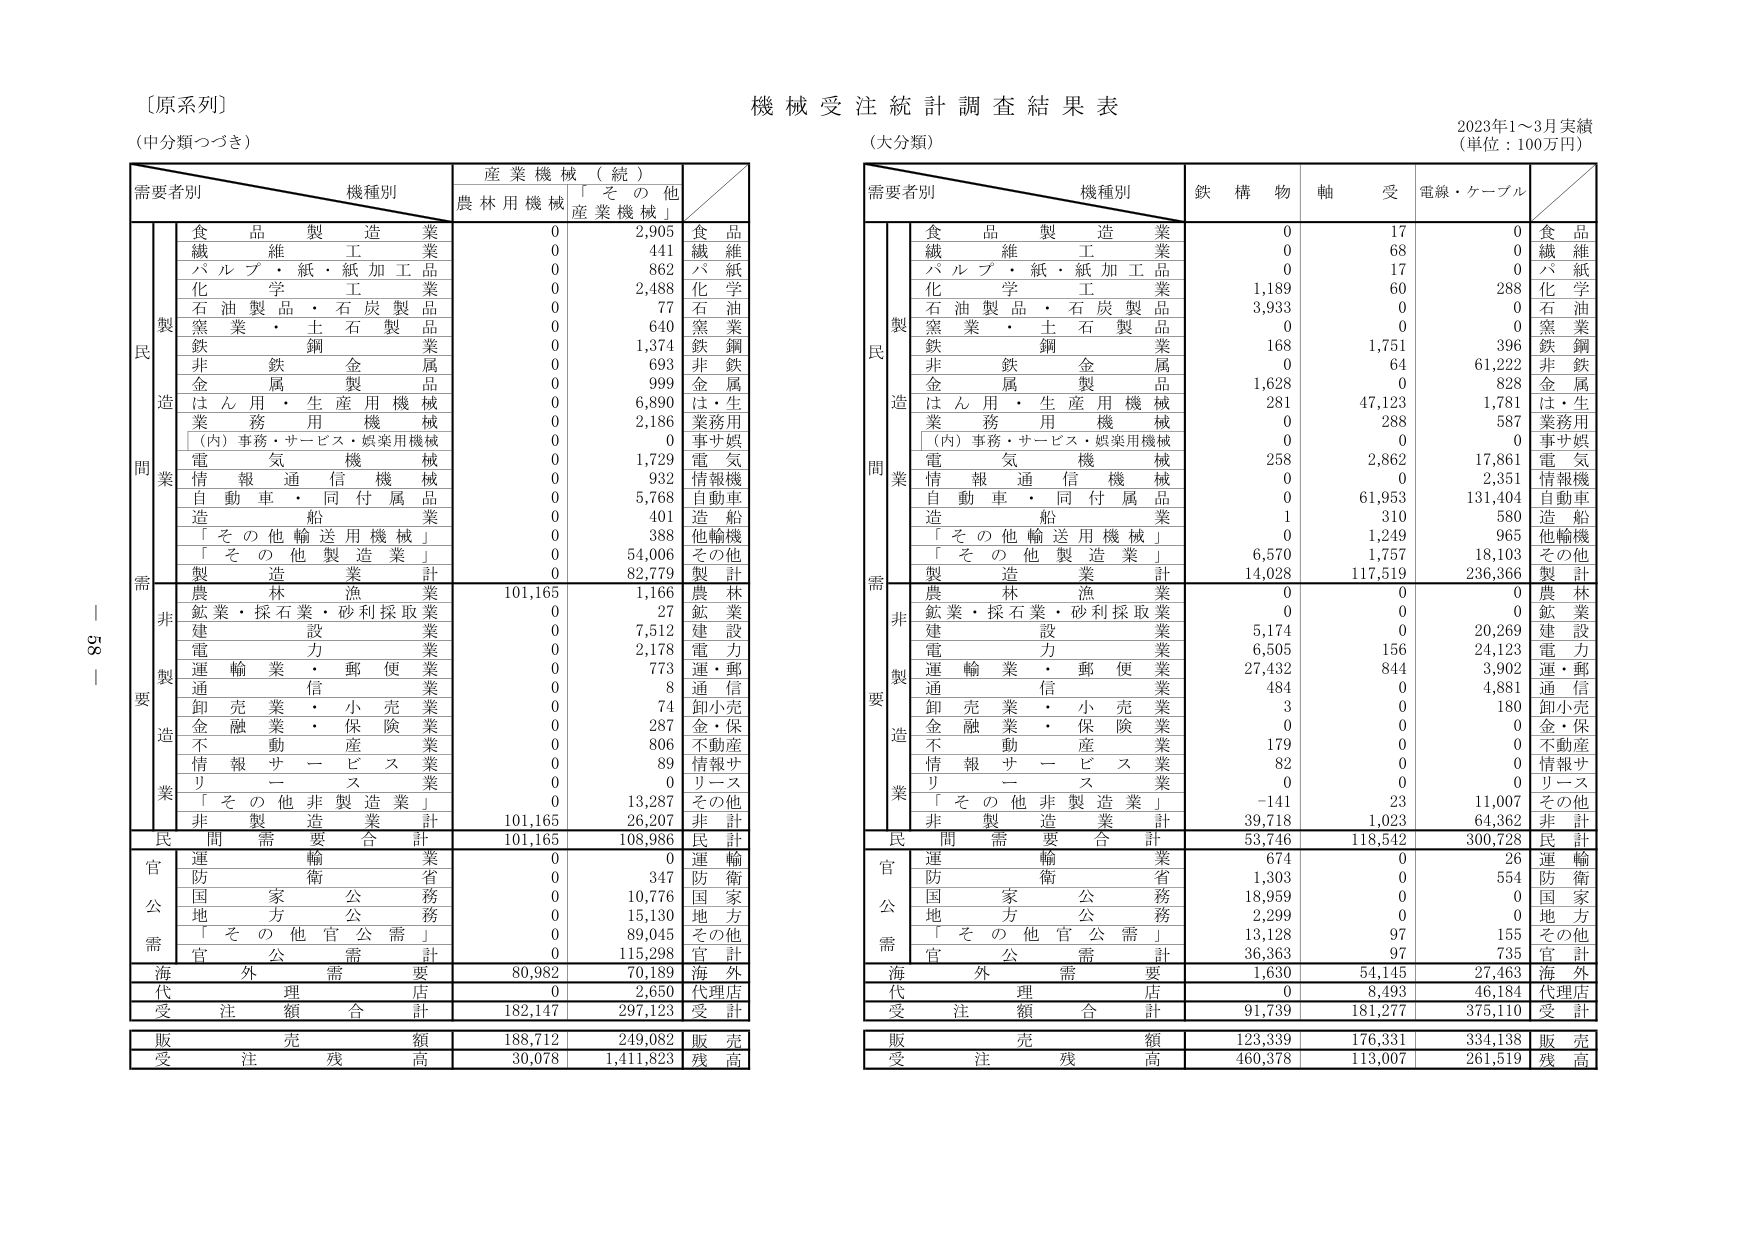
〔原系列〕
（中分類つづき）

機械受注統計調査結果表
（大分類）
2023年1～3月実績
（単位：100万円）

需要者別　機種別　産業機械（統）
　　　　　　　　　　　農林用機械　「その他産業機械」

　　　　　　　　　　　　需要者別　機種別　鉄構物　軸　受　電線・ケーブル

　　　　　　　　　　　　製造業
　　　　　　　　　　　　食品製造業　0　2,905　食品
　　　　　　　　　　　　繊維工業　0　441　繊維
　　　　　　　　　　　　パルプ・紙・紙加工品　0　862　パ紙
　　　　　　　　　　　　化学工業　0　2,488　化学
　　　　　　　　　　　　石油製品・石炭製品　0　77　石油
　　　　　　　　　　　　窯業・土石製品　0　640　窯業
　　　　　　　　　　　　鉄鋼　0　1,374　鉄鋼
　　　　　　　　　　　　非鉄金属　0　693　非鉄
　　　　　　　　　　　　金属製品　0　999　金属
　　　　　　　　　　　　はん用・生産用機械　0　6,890　は・生
　　　　　　　　　　　　業務用機械　0　2,186　業務用
　　　　　　　　　　　　（内）事務・サービス・娯楽用機械　0　0　事サ娯
　　　　　　　　　　　　電気機械　0　1,729　電気
　　　　　　　　　　　　情報通信機械　0　932　情報機
　　　　　　　　　　　　自動車・同付属品　0　5,768　自動車
　　　　　　　　　　　　造船　0　401　造船
　　　　　　　　　　　　「その他輸送用機械」　0　388　他輸機
　　　　　　　　　　　　「その他製造業」　0　54,006　その他
　　　　　　　　　　　　製造業計　0　82,779　製計

　　　　　　　　　　　　非製造業
　　　　　　　　　　　　農林漁業　101,165　1,166　農林
　　　　　　　　　　　　鉱業・採石業・砂利採取業　0　27　鉱業
　　　　　　　　　　　　建設業　0　7,512　建設
　　　　　　　　　　　　電力業　0　2,178　電力
　　　　　　　　　　　　運輸業・郵便業　0　773　運・郵
　　　　　　　　　　　　通信業　0　8　通信
　　　　　　　　　　　　卸売業・小売業　0　74　卸小売
　　　　　　　　　　　　金融業・保険業　0　287　金・保
　　　　　　　　　　　　不動産業　0　806　不動産
　　　　　　　　　　　　情報サービス業　0　89　情報サ
　　　　　　　　　　　　リース業　0　0　リース
　　　　　　　　　　　　「その他非製造業」　0　13,287　その他
　　　　　　　　　　　　非製造業計　101,165　26,207　非計

　　　　　　　　　　　　民間需要合計　101,165　108,986　民計

　　　　　　　　　　　　官公需
　　　　　　　　　　　　運輸業　0　0　運輸
　　　　　　　　　　　　防衛省　0　347　防衛
　　　　　　　　　　　　国家公務　0　10,776　国家
　　　　　　　　　　　　地方公務　0　15,130　地方
　　　　　　　　　　　　「その他官公需」　0　89,045　その他
　　　　　　　　　　　　官公需計　0　115,298　官計

　　　　　　　　　　　　海外需要　80,982　70,189　海外

　　　　　　　　　　　　代理店　0　2,650　代理店

　　　　　　　　　　　　受注額合計　182,147　297,123　受計

　　　　　　　　　　　　販売完額　188,712　249,082　販売

　　　　　　　　　　　　受注残高　30,078　1,411,823　残高

　　　　　　　　　　　　製造業
　　　　　　　　　　　　食品製造業　0　17　0　食品
　　　　　　　　　　　　繊維工業　0　68　0　繊維
　　　　　　　　　　　　パルプ・紙・紙加工品　0　17　0　パ紙
　　　　　　　　　　　　化学工業　1,189　60　288　化学
　　　　　　　　　　　　石油製品・石炭製品　3,933　0　0　石油
　　　　　　　　　　　　窯業・土石製品　0　0　0　窯業
　　　　　　　　　　　　鉄鋼　168　1,751　396　鉄鋼
　　　　　　　　　　　　非鉄金属　0　64　61,222　非鉄
　　　　　　　　　　　　金属製品　1,628　0　828　金属
　　　　　　　　　　　　はん用・生産用機械　281　47,123　1,781　は・生
　　　　　　　　　　　　業務用機械　0　288　587　業務用
　　　　　　　　　　　　（内）事務・サービス・娯楽用機械　0　0　0　事サ娯
　　　　　　　　　　　　電気機械　258　2,862　17,861　電気
　　　　　　　　　　　　情報通信機械　0　0　2,351　情報機
　　　　　　　　　　　　自動車・同付属品　0　61,953　131,404　自動車
　　　　　　　　　　　　造船　1　310　580　造船
　　　　　　　　　　　　「その他輸送用機械」　0　1,249　965　他輸機
　　　　　　　　　　　　「その他製造業」　6,570　1,757　18,103　その他
　　　　　　　　　　　　製造業計　14,028　117,519　236,366　製計

　　　　　　　　　　　　非製造業
　　　　　　　　　　　　農林漁業　0　0　0　農林
　　　　　　　　　　　　鉱業・採石業・砂利採取業　0　0　0　鉱業
　　　　　　　　　　　　建設業　5,174　0　20,269　建設
　　　　　　　　　　　　電力業　6,505　156　24,123　電力
　　　　　　　　　　　　運輸業・郵便業　27,432　844　3,902　運・郵
　　　　　　　　　　　　通信業　484　0　4,881　通信
　　　　　　　　　　　　卸売業・小売業　3　0　180　卸小売
　　　　　　　　　　　　金融業・保険業　0　0　0　金・保
　　　　　　　　　　　　不動産業　179　0　0　不動産
　　　　　　　　　　　　情報サービス業　82　0　0　情報サ
　　　　　　　　　　　　リース業　0　0　0　リース
　　　　　　　　　　　　「その他非製造業」　-141　23　11,007　その他
　　　　　　　　　　　　非製造業計　39,718　1,023　64,362　非計

　　　　　　　　　　　　民間需要合計　53,746　118,542　300,728　民計

　　　　　　　　　　　　官公需
　　　　　　　　　　　　運輸業　674　0　26　運輸
　　　　　　　　　　　　防衛省　1,303　0　554　防衛
　　　　　　　　　　　　国家公務　18,959　0　0　国家
　　　　　　　　　　　　地方公務　2,299　0　0　地方
　　　　　　　　　　　　「その他官公需」　13,128　97　155　その他
　　　　　　　　　　　　官公需計　36,363　97　735　官計

　　　　　　　　　　　　海外需要　1,630　54,145　27,463　海外

　　　　　　　　　　　　代理店　0　8,493　46,184　代理店

　　　　　　　　　　　　受注額合計　91,739　181,277　375,110　受計

　　　　　　　　　　　　販売完額　123,339　176,331　334,138　販売

　　　　　　　　　　　　受注残高　460,378　113,007　261,519　残高